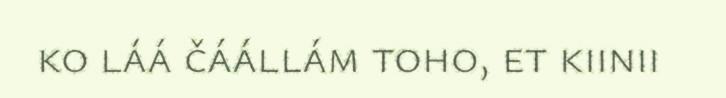
ko láá čáállám toho, et kiinii